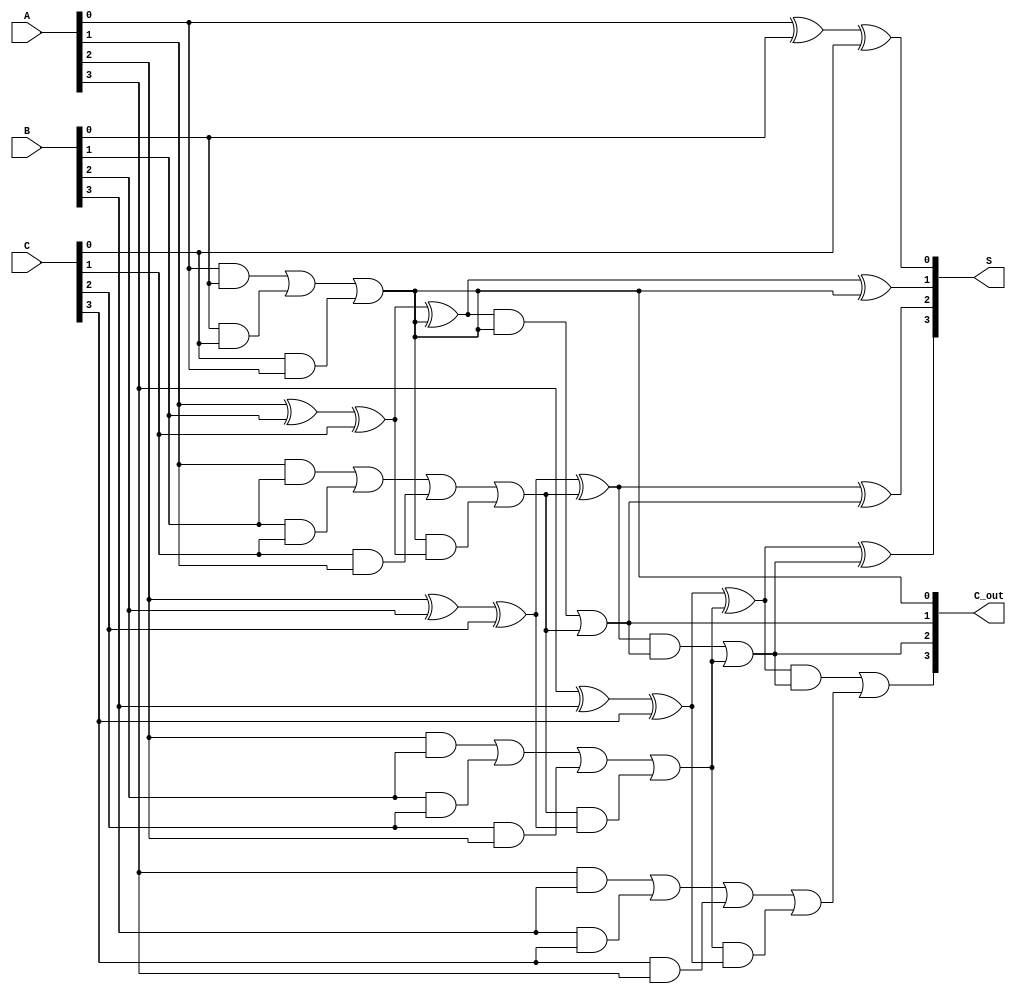
module CarrySaveAdder #(
    parameter N = 4  // Bit-width of the inputs
)(
    input  [N-1:0] A,  // First input
    input  [N-1:0] B,  // Second input
    input  [N-1:0] C,  // Third input
    output [N-1:0] S,  // Sum output
    output [N-1:0] C_out // Carry output
);

// Intermediate wires for sums and carries
wire [N-1:0] S1, S2, C1, C2;

// Full adder for each bit
genvar i;
generate
    for (i = 0; i < N; i = i + 1) begin : full_adder_stage
        if (i == 0) begin
            // For the least significant bit, no carry-in
            assign S1[i] = A[i] ^ B[i] ^ C[i];
            assign C1[i] = (A[i] & B[i]) | (B[i] & C[i]) | (C[i] & A[i]);
        end else begin
            assign S1[i] = A[i] ^ B[i] ^ C[i] ^ C1[i-1];
            assign C1[i] = (A[i] & B[i]) | (B[i] & C[i]) | (C[i] & A[i]) | (C1[i-1] & (A[i] ^ B[i] ^ C[i]));
        end
    end
endgenerate

// Combine the results of the first stage
generate
    for (i = 0; i < N; i = i + 1) begin : second_full_adder_stage
        if (i == 0) begin
            // For the least significant bit, no carry-in
            assign S2[i] = S1[i];
            assign C2[i] = C1[i];
        end else begin
            assign S2[i] = S1[i] ^ C2[i-1];
            assign C2[i] = (S1[i] & C2[i-1]) | C1[i];
        end
    end
endgenerate

// Final sum and carry outputs
assign S = S2;
assign C_out = C2;

endmodule